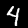
Label: 4